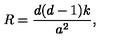
R = \frac { d ( d - 1 ) k } { a ^ { 2 } } ,